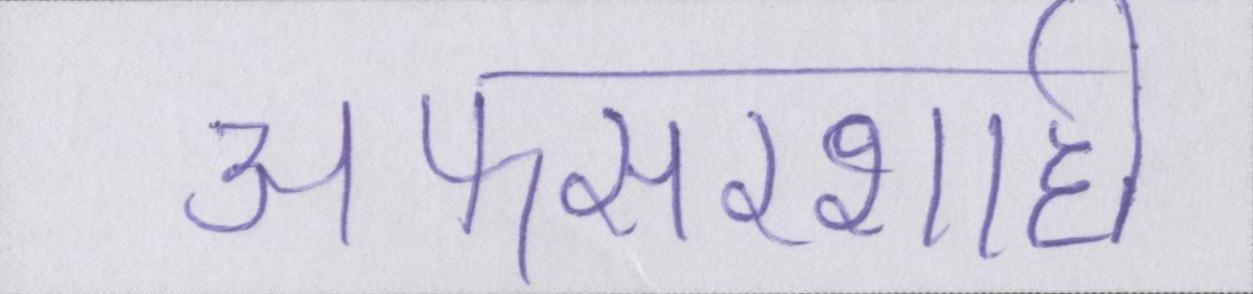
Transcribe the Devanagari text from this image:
अफसरशाही